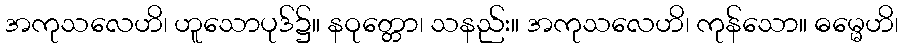
အကုသလေဟိ၊ ဟူသောပုဒ်၌။ နဝုတ္တော၊ သနည်း။ အကုသလေဟိ၊ ကုန်သော။ ဓမ္မေဟိ၊